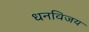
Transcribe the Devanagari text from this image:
धनविजय